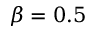
\beta = 0 . 5